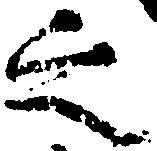
之